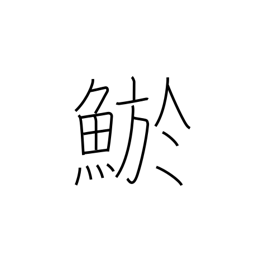
Meaning: loach